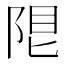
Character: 𨹨